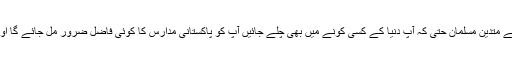
آپ دنیا گھوم لیں آپ کو پاکستان جیسا اسلامی معاشرہ ملے گا اور نہ ہی اتنے متدین مسلمان حتی کہ آپ دنیا کے کسی کونے میں بھی چلے جائیں آپ کو پاکستانی مدارس کا کوئی فاضل ضرور مل جائے گا اور وہ مقامی لوگوں کی اصلاح وفلاح کے لیے متحرک بھی دکھائی دے گا ۔